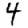
Digit: 4